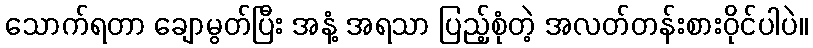
သောက်ရတာ ချောမွတ်ပြီး အနံ့ အရသာ ပြည့်စုံတဲ့ အလတ်တန်းစားဝိုင်ပါပဲ။